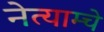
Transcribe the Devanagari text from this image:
नेत्याम्चे